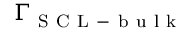
\Gamma _ { \mathrm { ~ S ~ C ~ L ~ - ~ b ~ u ~ l ~ k ~ } }